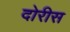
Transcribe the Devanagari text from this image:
दोरीस